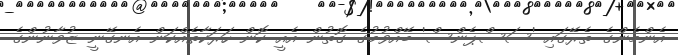
އެންމެންގެ ތެރޭގައި 'ސަސްޕެންސް' ބޭއްވުމުގެ ގޮތުން އެއީ ކޮން ހަރަކާތެއްކަން އެނގޭނީ ޒުވާނުންގެ